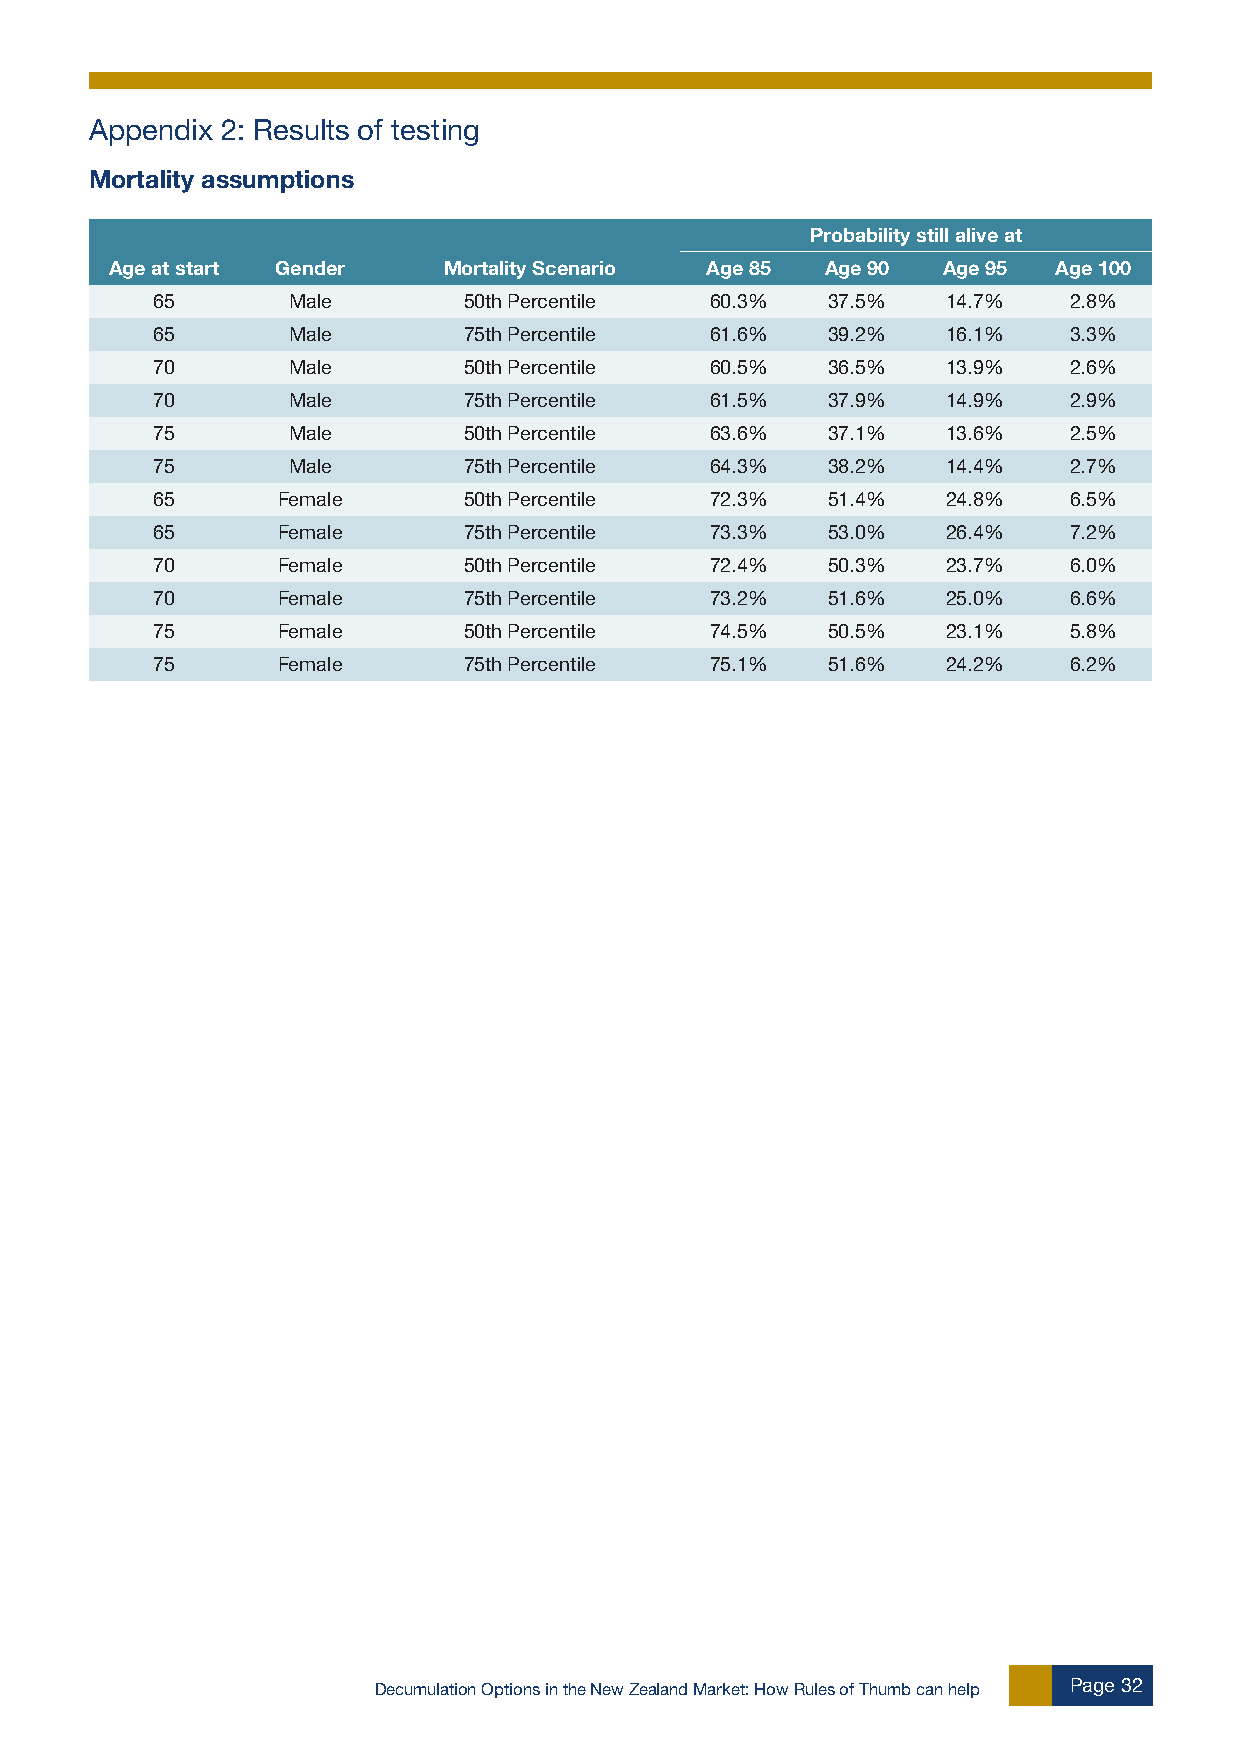
Appendix 2: Results of testing
 Mortality assumptions
 Probability still alive at
 Age at start Gender   Mortality Scenario Age 85 Age 90 Age 95  Age 100
 65       Male        50th Percentile 60.3%   37.5%   14.7%   2.8%
 65       Male        75th Percentile 61.6%   39.2%   16.1%   3.3%
 70       Male        50th Percentile 60.5%   36.5%   13.9%   2.6%
 70       Male        75th Percentile 61.5%   37.9%   14.9%   2.9%
 75       Male        50th Percentile 63.6%   37.1%   13.6%   2.5%
 75       Male        75th Percentile 64.3%   38.2%   14.4%   2.7%
 65      Female       50th Percentile 72.3%   51.4%   24.8%   6.5%
 65      Female       75th Percentile 73.3%   53.0%   26.4%   7.2%
 70      Female       50th Percentile 72.4%   50.3%   23.7%   6.0%
 70      Female       75th Percentile 73.2%   51.6%   25.0%   6.6%
 75      Female       50th Percentile 74.5%   50.5%   23.1%   5.8%
 75      Female       75th Percentile 75.1%   51.6%   24.2%   6.2%
 Decumulation Options in the New Zealand Market: How Rules of Thumb can help Page 32